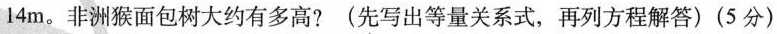
14m。非洲猴面包树大约有多高?(先写出等量关系式，再列方程解答)(5分)